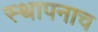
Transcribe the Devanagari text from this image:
स्थापनाच